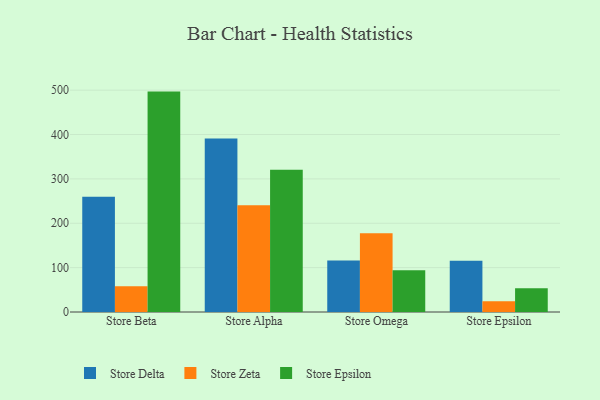
{"axis": {"x": "Store", "y": "Revenue (USD Million)"}, "legend": ["Store Delta", "Store Epsilon", "Store Zeta"], "data": [{"x": "Store Beta", "y": 259.8, "type": "Store Delta"}, {"x": "Store Beta", "y": 58.2, "type": "Store Zeta"}, {"x": "Store Beta", "y": 496.8, "type": "Store Epsilon"}, {"x": "Store Alpha", "y": 390.9, "type": "Store Delta"}, {"x": "Store Alpha", "y": 240.7, "type": "Store Zeta"}, {"x": "Store Alpha", "y": 320.4, "type": "Store Epsilon"}, {"x": "Store Omega", "y": 116.3, "type": "Store Delta"}, {"x": "Store Omega", "y": 177.4, "type": "Store Zeta"}, {"x": "Store Omega", "y": 93.9, "type": "Store Epsilon"}, {"x": "Store Epsilon", "y": 115.4, "type": "Store Delta"}, {"x": "Store Epsilon", "y": 24.4, "type": "Store Zeta"}, {"x": "Store Epsilon", "y": 53.7, "type": "Store Epsilon"}]}